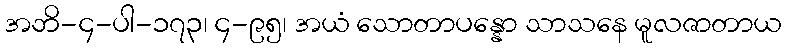
အဘိ-၄-ပါ-၁၇၃၊ ၄-၉၅၊ အယံ သောတာပန္နော သာသနေ မူလဇာတာယ